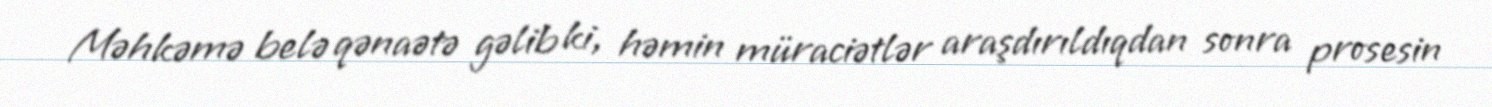
Məhkəmə belə qənaətə gəlib ki, həmin müraciətlər araşdırıldıqdan sonra prosesin